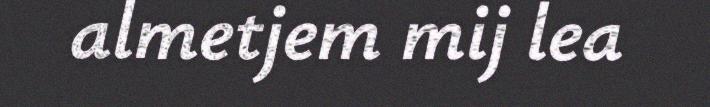
almetjem mij lea